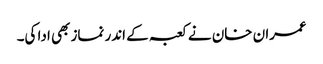
عمران خان نے کعبہ کے اندر نماز بھی ادا کی۔